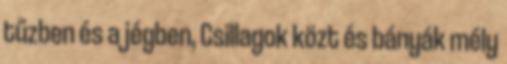
tűzben és a jégben, Csillagok közt és bányák mély